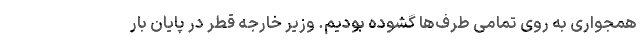
همجواری به روی تمامی طرف‌ها گشوده بودیم. وزیر خارجه قطر در پایان بار